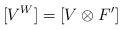
\begin{align*}[V^W] = [V \otimes F'] \end{align*}